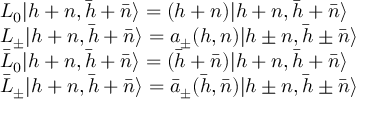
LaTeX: \begin{array} { l c r } { { { L _ { 0 } } { \vert { { h + n } , { \bar { h } + \bar { n } } } \rangle } = ( h + n ) { \vert { { h + n } , { \bar { h } + \bar { n } } } \rangle } } } \\ { { { L _ { \pm } } { \vert { { h + n } , { \bar { h } + \bar { n } } } \rangle } = a _ { \pm } ( h , n ) { \vert { { h \pm n } , { \bar { h } \pm \bar { n } } } \rangle } } } \\ { { { { \bar { L } } _ { 0 } } { \vert { { h + n } , { \bar { h } + \bar { n } } } \rangle } = ( { \bar { h } } + { \bar { n } } ) { \vert { { h + n } , { \bar { h } + \bar { n } } } \rangle } } } \\ { { { { \bar { L } } _ { \pm } } { \vert { { h + n } , { \bar { h } + \bar { n } } } \rangle } = { { \bar { a } } _ { \pm } } ( \bar { h } , \bar { n } ) { \vert { h \pm n } , { \bar { h } \pm \bar { n } } \rangle } } } \end{array}